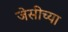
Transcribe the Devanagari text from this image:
जेसीच्या